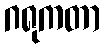
ဂရုကတာ